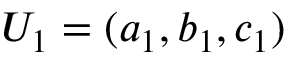
U _ { 1 } = ( a _ { 1 } , b _ { 1 } , c _ { 1 } )